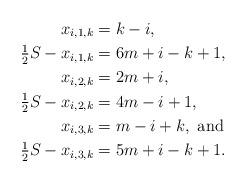
LaTeX: \begin{align*}x_{i,1,k} &= k-i, \\\tfrac{1}{2} S -x_{i,1,k} &= 6m+i-k+1, \\x_{i,2,k} &= 2m+i, \\\tfrac{1}{2} S - x_{i,2,k} &= 4m-i+1, \\x_{i,3,k} &= m-i+k, \mbox{ and } \\\tfrac{1}{2} S - x_{i,3,k} &= 5m+i-k+1. \end{align*}